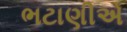
ભટાણીએ